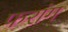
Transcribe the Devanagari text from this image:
फरांग